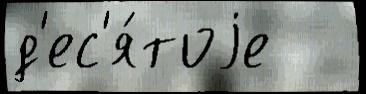
д'ес'я́тоjе